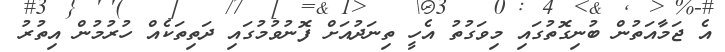
އެ ޖަމާއަތުން ބުނިގޮތުގައި މިވަގުތު އެހީ ތިނަދުއަށް ފޮނުވުމުގައި ދަތިތަކެއް ހުރުމުން އިތުރު